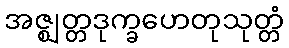
အဇ္ဈတ္တဒုက္ခဟေတုသုတ္တံ